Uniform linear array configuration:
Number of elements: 8
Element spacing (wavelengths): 0.5
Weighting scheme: binomial
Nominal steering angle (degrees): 15
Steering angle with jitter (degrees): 16.416
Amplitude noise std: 0.05
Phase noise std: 0.05

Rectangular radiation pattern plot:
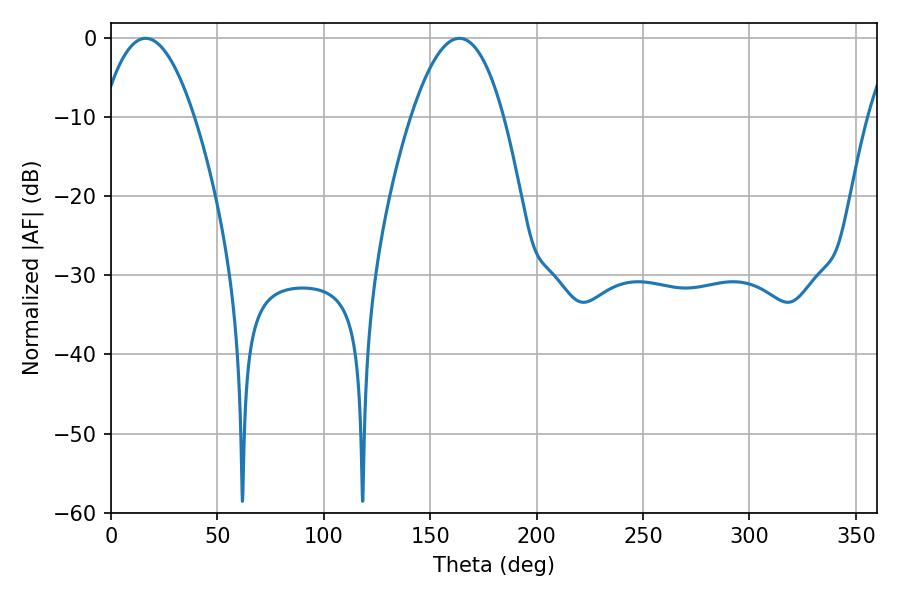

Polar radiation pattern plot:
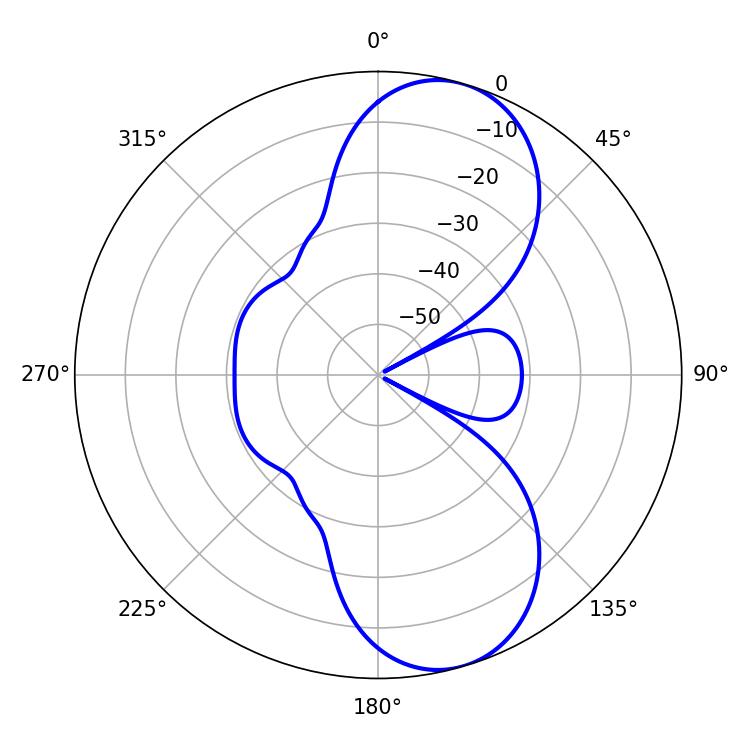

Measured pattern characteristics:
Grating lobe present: FALSE
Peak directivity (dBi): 8.942
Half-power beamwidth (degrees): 23.94
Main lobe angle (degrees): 16.2